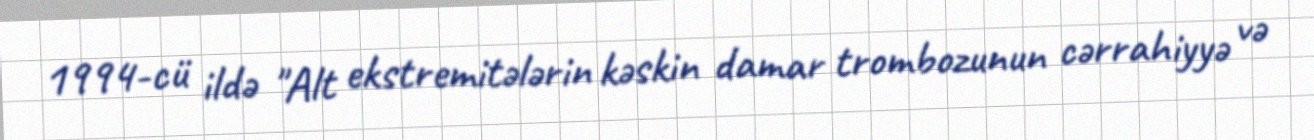
1994-cü ildə "Alt ekstremitələrin kəskin damar trombozunun cərrahiyyə və